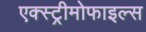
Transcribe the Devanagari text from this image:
एक्स्ट्रीमोफाइल्स